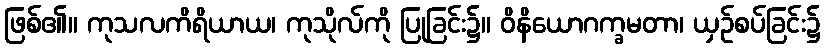
ဖြစ်၏။ ကုသလကိရိယာယ၊ ကုသိုလ်ကို ပြုခြင်း၌။ ဝိနိယောဂက္ခမတာ၊ ယှဉ်စပ်ခြင်း၌